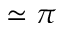
\simeq \pi